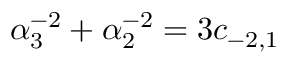
\alpha _ { 3 } ^ { - 2 } + \alpha _ { 2 } ^ { - 2 } = 3 c _ { - 2 , 1 }